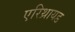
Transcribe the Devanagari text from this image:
एरिथ्रायड